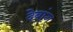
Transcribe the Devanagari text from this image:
देबांग